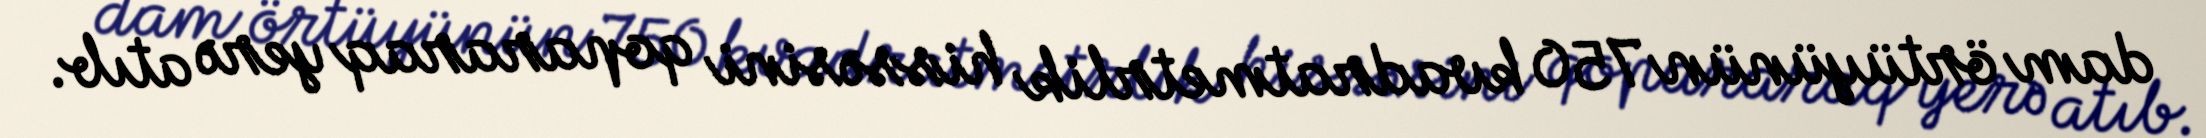
dam örtüyünün 750 kvadratmetrlik hissəsini qopararaq yerə atıb.